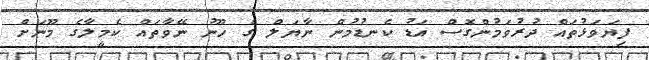
ފިޔަވަޅުތައް ދުރުވަމުންގޮސް އަޑު ކެނޑުމުން ނާޔަލް ގެ ހޫނު ނޭވާތައް ކެމީލާގެ މޫނަށް